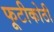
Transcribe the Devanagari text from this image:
फूटीकोठी